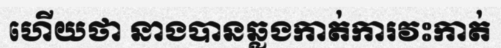
ហើយថា នាងបានឆ្លងកាត់ការវះកាត់